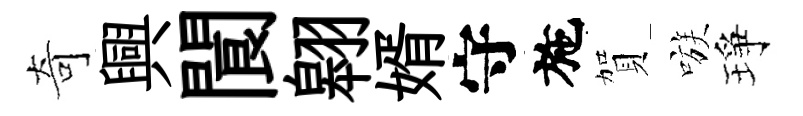
奇興閬翱婿守施賀嗾琤